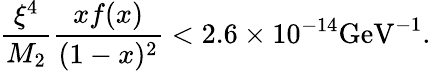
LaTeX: {\frac{\xi^{4}}{M_{2}}}{\frac{xf(x)}{(1-x)^{2}}}<2.6\times 10^{-14}\mathrm{GeV}^{-1}.